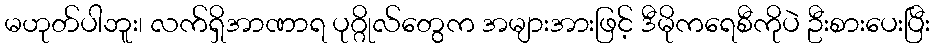
မဟုတ်ပါဘူး၊ လက်ရှိအာဏာရ ပုဂ္ဂိုလ်တွေက အများအားဖြင့် ဒီမိုကရေစီကိုပဲ ဦးစားပေးပြီး